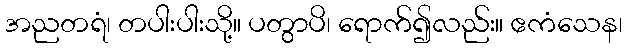
အညတရံ၊ တပါးပါးသို့။ ပတွာပိ၊ ရောက်၍လည်း။ ဧကံသေန၊